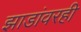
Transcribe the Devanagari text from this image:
झाडांवरही